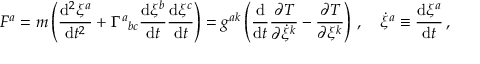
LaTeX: F ^ { a } = m \left( { \frac { \mathrm { d } ^ { 2 } \xi ^ { a } } { \mathrm { d } t ^ { 2 } } } + \Gamma ^ { a } { } _ { b c } { \frac { \mathrm { d } \xi ^ { b } } { \mathrm { d } t } } { \frac { \mathrm { d } \xi ^ { c } } { \mathrm { d } t } } \right) = g ^ { a k } \left( { \frac { \mathrm { d } } { \mathrm { d } t } } { \frac { \partial T } { \partial { \dot { \xi } } ^ { k } } } - { \frac { \partial T } { \partial \xi ^ { k } } } \right) \, , \quad { \dot { \xi } } ^ { a } \equiv { \frac { \mathrm { d } \xi ^ { a } } { \mathrm { d } t } } \, ,